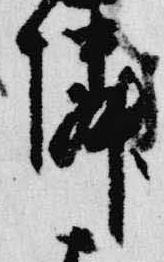
隣